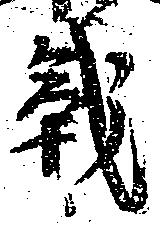
戦